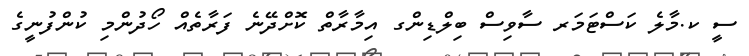
ސީ ކ.މާލެ ކަސްޓަމަރ ސާވިސް ބިލްޑިންގ އިމާރާތް ކޮށްދޭނެ ފަރާތެއް ހޯދުންމި ކުންފުނީގެ